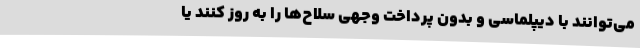
می‌توانند با دیپلماسی و بدون پرداخت وجهی سلاح‌ها را به روز کنند یا